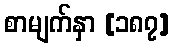
စာမျက်နှာ [၁၈၇]